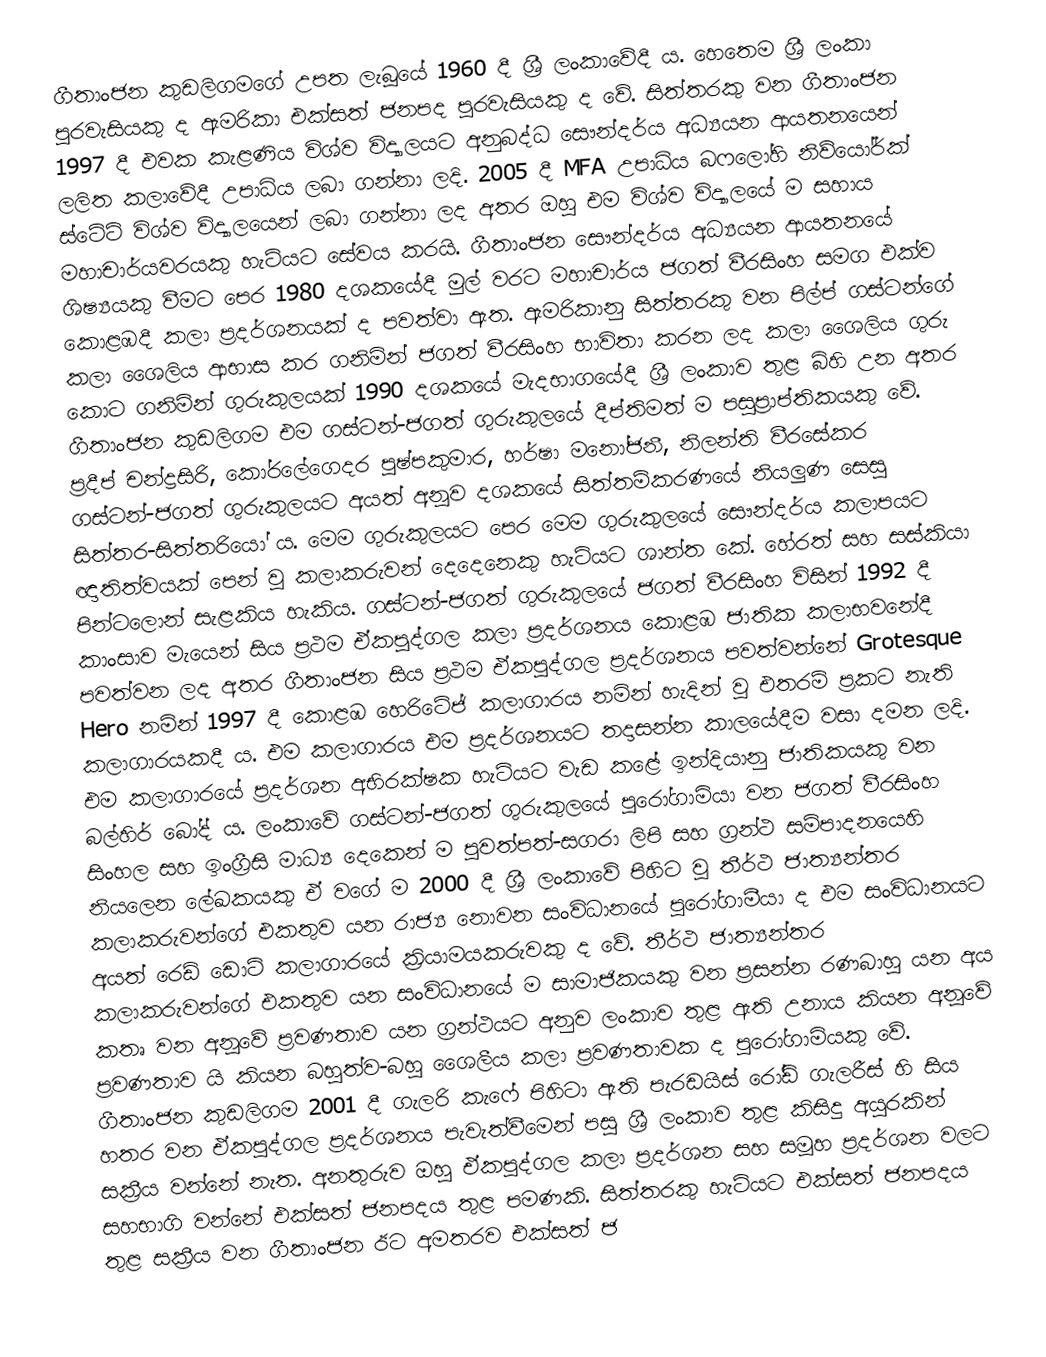
ගීතාංජන කුඩලිගමගේ උපත ලැබූයේ 1960 දී ශ්‍රී ලංකාවේදී ය. හෙතෙම ශ්‍රී ලංකා පුරවැසියකු ද ඇමරිකා එක්සත් ජනපද පුරවැසියකු ද වේ. සිත්තරකු වන ගීතාංජන 1997 දී එවක කැළණිය විශ්ව විද්‍යාලයට අනුබද්ධ සෞන්දර්ය අධ්‍යයන ආයතනයෙන් ලලිත කලාවේදී උපාධිය ලබා ගන්නා ලදි.  2005 දී MFA උපාධිය  බෆලෝහි නිව්යෝර්ක් ස්ටේට් විශ්ව විද්‍යාලයෙන්  ලබා ගන්නා ලද අතර ඔහු එම විශ්ව විද්‍යාලයේ ම සහාය මහාචාර්යවරයකු හැටියට සේවය කරයි. ගීතාංජන  සෞන්දර්ය අධ්‍යයන ආයතනයේ ශිෂ්‍යයකු වීමට පෙර 1980 දශකයේදී මුල් වරට මහාචාර්ය ජගත් වීරසිංහ සමග එක්ව කොළඹදී කලා ප්‍රදර්ශනයක් ද පවත්වා ඇත. ඇමරිකානු සිත්තරකු වන පිල්ප් ගස්ටන්ගේ කලා ශෛලිය ආභාස කර ගනිමින් ජගත් වීරසිංහ භාවිතා කරන ලද කලා ශෛලිය ගුරු කොට ගනිමින් ගුරුකුලයක් 1990 දශකයේ මැදභාගයේදී  ශ්‍රී ලංකාව තුළ බිහි උන අතර ගීතාංජන කුඩලිගම එම ගස්ටන්-ජගත් ගුරුකුලයේ දීප්තිමත් ම පසුප්‍රාප්තිකයකු වේ. ප්‍රදීප් චන්ද්‍රසිරි, කෝරලේගෙදර පුෂ්පකුමාර, හර්ෂා මනෝජනී, නිලන්ති වීරසේකර ගස්ටන්-ජගත් ගුරුකුලයට අයත් අනූව දශකයේ සිත්තම්කරණයේ නියලුණ සෙසු සිත්තර-සිත්තරියෝ ය. මෙම ගුරුකුලයට පෙර මෙම ගුරුකුලයේ සෞන්දර්ය කලාපයට ඥාතිත්වයක් පෙන් වූ කලාකරුවන් දෙදෙනෙකු හැටියට ශාන්ත කේ. හේරත් සහ සස්කියා පින්ටලොන් සැළකිය හැකිය.   ගස්ටන්-ජගත් ගුරුකුලයේ ජගත් වීරසිංහ විසින් 1992 දී කාංසාව මැයෙන් සිය ප්‍රථම ඒකපුද්ගල කලා ප්‍රදර්ශනය කොළඹ ජාතික කලාභවනේදී පවත්වන ලද අතර ගීතාංජන සිය ප්‍රථම ඒකපුද්ගල ප්‍රදර්ශනය පවත්වන්නේ  Grotesque Hero නමින් 1997 දී  කොළඹ හෙරිටේජ් කලාගාරය නමින් හැදින් වූ එතරම් ප්‍රකට නැති කලාගාරයකදී ය. එම කලාගාරය එම ප්‍රදර්ශනයට තදාසන්න කාලයේදීම වසා දමන ලදි. එම කලාගාරයේ ප්‍රදර්ශන අභිරක්ෂක හැටියට වැඩ කළේ ඉන්දියානු ජාතිකයකු වන බල්හිර් බෝද් ය.  ලංකාවේ ගස්ටන්-ජගත් ගුරුකුලයේ පුරෝගාමියා වන ජගත් වීරසිංහ සිංහල සහ ඉංග්‍රීසි මාධ්‍ය දෙකෙන් ම  පුවත්පත්-සගරා ලිපි සහ ග්‍රන්ථ සම්පාදනයෙහි නියලෙන ලේඛකයකු  ඒ වගේ ම 2000 දී ශ්‍රී ලංකාවේ  පිහිට වූ  තීර්ථ ජාත්‍යන්තර කලාකරුවන්ගේ එකතුව යන රාජ්‍ය නොවන සංවිධානයේ පුරෝගාමීයා ද  එම සංවිධානයට අයත් රෙඩ් ඩොට් කලාගාරයේ ක්‍රියාමයකරුවකු ද වේ. තීර්ථ ජාත්‍යන්තර කලාකරුවන්ගේ එකතුව යන සංවිධානයේ ම  සාමාජිකයකු වන ප්‍රසන්න රණබාහු යන අය කතෘ වන අනූවේ ප්‍රවණතාව යන ග්‍රන්ථයට අනුව ලංකාව තුළ ඇති උනාය කියන අනූවේ ප්‍රවණතාව යි කියන බහුත්ව-බහු ශෛලීය කලා ප්‍රවණතාවක ද පුරෝගාමියකු වේ. ගීතාංජන කුඩලිගම 2001 දී ගැලරි කැෆේ පිහිටා ඇති  පැරඩයිස් රෝඩ් ගැලරීස් හි සිය හතර වන ඒකපුද්ගල ප්‍රදර්ශනය පැවැත්වීමෙන් පසු  ශ්‍රී ලංකාව තුළ කිසිදු අයුරකින් සක්‍රීය වන්නේ නැත. අනතුරුව ඔහු  ඒකපුද්ගල කලා ප්‍රදර්ශන සහ සමූහ ප්‍රදර්ශන වලට සහභාගි වන්නේ එක්සත් ජනපදය තුළ පමණකි. සිත්තරකු හැටියට එක්සත් ජනපදය තුළ සක්‍රීය වන ගීතාංජන ඊට අමතරව එක්සත් ජ